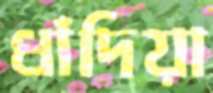
ধাঁদিয়া